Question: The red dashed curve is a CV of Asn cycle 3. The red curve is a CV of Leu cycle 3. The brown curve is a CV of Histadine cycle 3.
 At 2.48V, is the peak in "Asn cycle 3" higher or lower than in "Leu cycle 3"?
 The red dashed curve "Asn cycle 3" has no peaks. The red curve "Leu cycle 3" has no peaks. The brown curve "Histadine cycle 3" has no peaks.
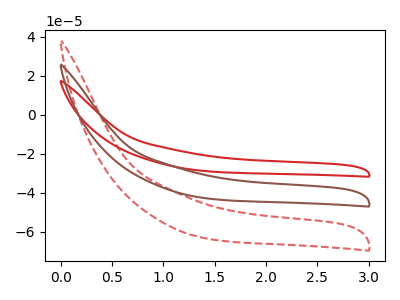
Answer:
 <answer>"Asn cycle 3" and "Leu cycle 3" dont share a peak at 2.48V.</answer>
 <eval>mismatch</eval>